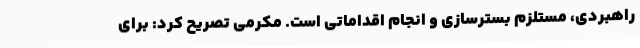
راهبردی، مستلزم بسترسازی و انجام اقداماتی است. مکرمی تصریح کرد: برای